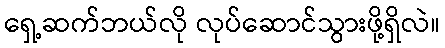
ရှေ့ဆက်ဘယ်လို လုပ်ဆောင်သွားဖို့ရှိလဲ။